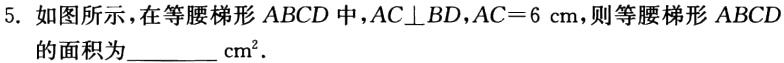
5. 如图所示，在等腰梯形\(ABCD\)中，\(AC\perp BD\)，\(AC = 6\mathrm{cm}\)，则等腰梯形\(ABCD\)的面积为________\(\mathrm{cm}^{2}\)．